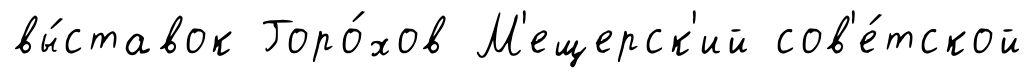
вы́ставок Горо́хов М'ещерск'ий сов'е́тской